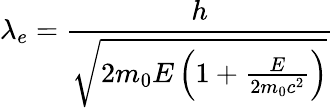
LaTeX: \lambda_{e}={\frac{h}{\sqrt{2m_{0}E\left(1+{\frac{E}{2m_{0}c^{2}}}\right)}}}